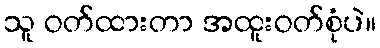
သူ ဝတ်ထားတာ အထူးဝတ်စုံပဲ။